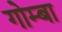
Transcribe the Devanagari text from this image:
गोम्बा